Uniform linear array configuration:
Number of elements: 32
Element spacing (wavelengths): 0.75
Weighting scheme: hamming
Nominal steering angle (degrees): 45
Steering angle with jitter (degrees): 43.435
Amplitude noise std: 0.05
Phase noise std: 0.05

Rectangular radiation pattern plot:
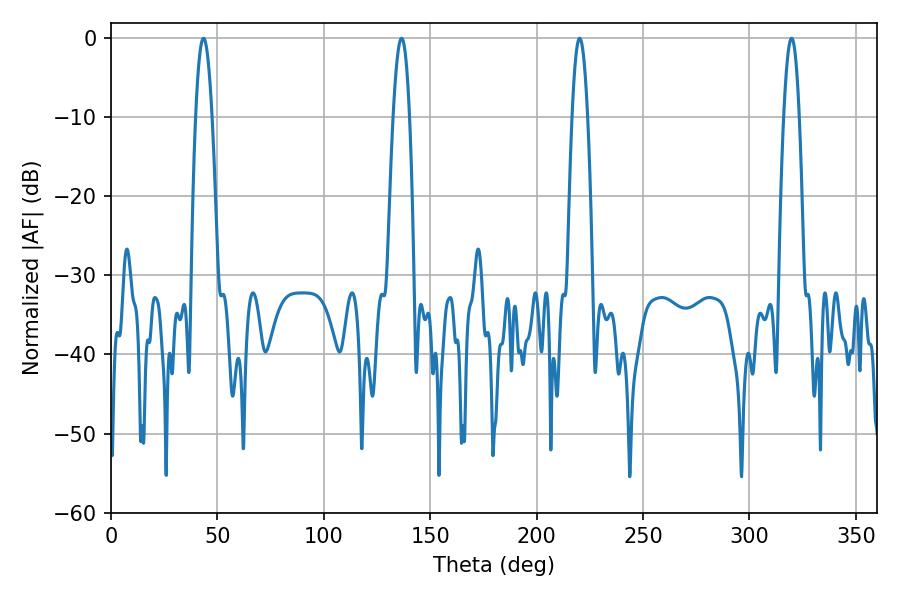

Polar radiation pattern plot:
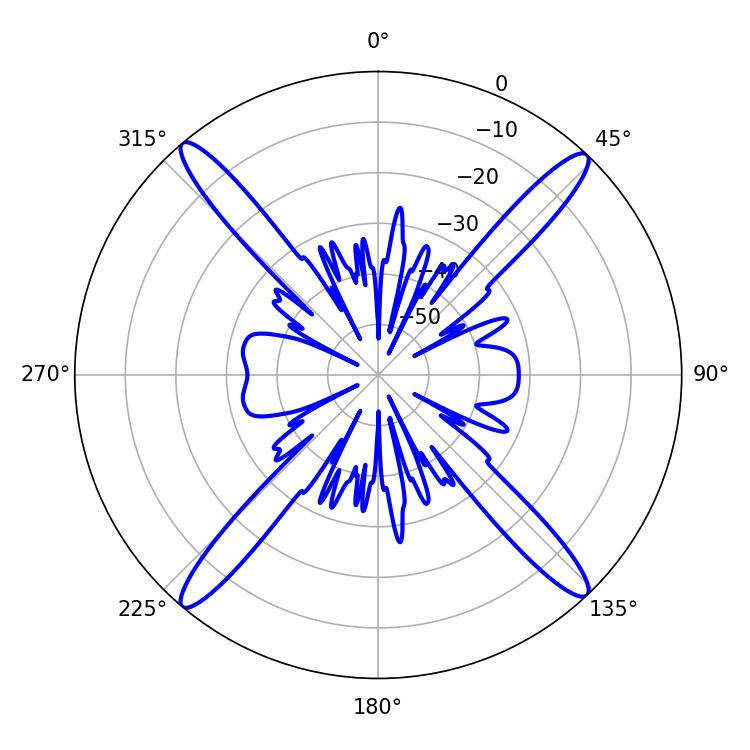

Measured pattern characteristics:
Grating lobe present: TRUE
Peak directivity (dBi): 22.156
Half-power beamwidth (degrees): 4.14
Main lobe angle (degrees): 220.14